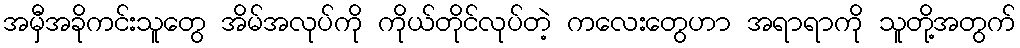
အမှီအခိုကင်းသူတွေ အိမ်အလုပ်ကို ကိုယ်တိုင်လုပ်တဲ့ ကလေးတွေဟာ အရာရာကို သူတို့အတွက်